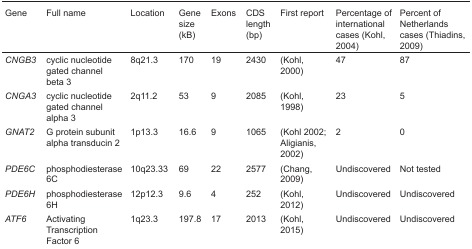
| Gene | Full name | Location | Gene size (kB) | Exons | CDS length (bp) | First report | Percentage of international cases (Kohl, 2004) | Percent of Netherlands cases (Thiadins, 2009) |
 | --- | --- | --- | --- | --- | --- | --- | --- | --- |
 | CNGB3 | cyclic nucleotide gated channel beta 3 | 8q21.3 | 170 | 19 | 2430 | (Kohl, 2000) | 47 | 87 |
 | CNGA3 | cyclic nucleotide gated channel alpha 3 | 2q11.2 | 53 | 9 | 2085 | (Kohl, 1998) | 23 | 5 |
 | GNAT2 | G protein subunit alpha transducin 2 | 1p13.3 | 16.6 | 9 | 1065 | (Kohl 2002; Aligianis, 2002) | 2 | 0 |
 | PDE6C | phosphodiesterase 6C | 10q23.33 | 69 | 22 | 2577 | (Chang, 2009) | Undiscovered | Not tested |
 | PDE6H | phosphodiesterase 6H | 12p12.3 | 9.6 | 4 | 252 | (Kohl, 2012) | Undiscovered | Undiscovered |
 | ATF6 | Activating Transcription Factor 6 | 1q23.3 | 197.8 | 17 | 2013 | (Kohl, 2015) | Undiscovered | Undiscovered |